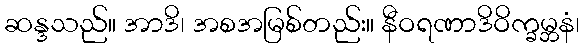
ဆန္ဒသည်။ အာဒိ၊ အစအမြစ်တည်း။ နီဝရဏာဒိဝိက္ခမ္ဘနံ၊